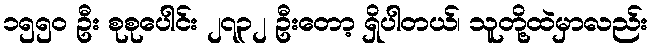
၁၅၅၀ ဦး စုစုပေါင်း ၂၇၃၂ ဦးတော့ ရှိပါတယ်၊ သူတို့ထဲမှာလည်း